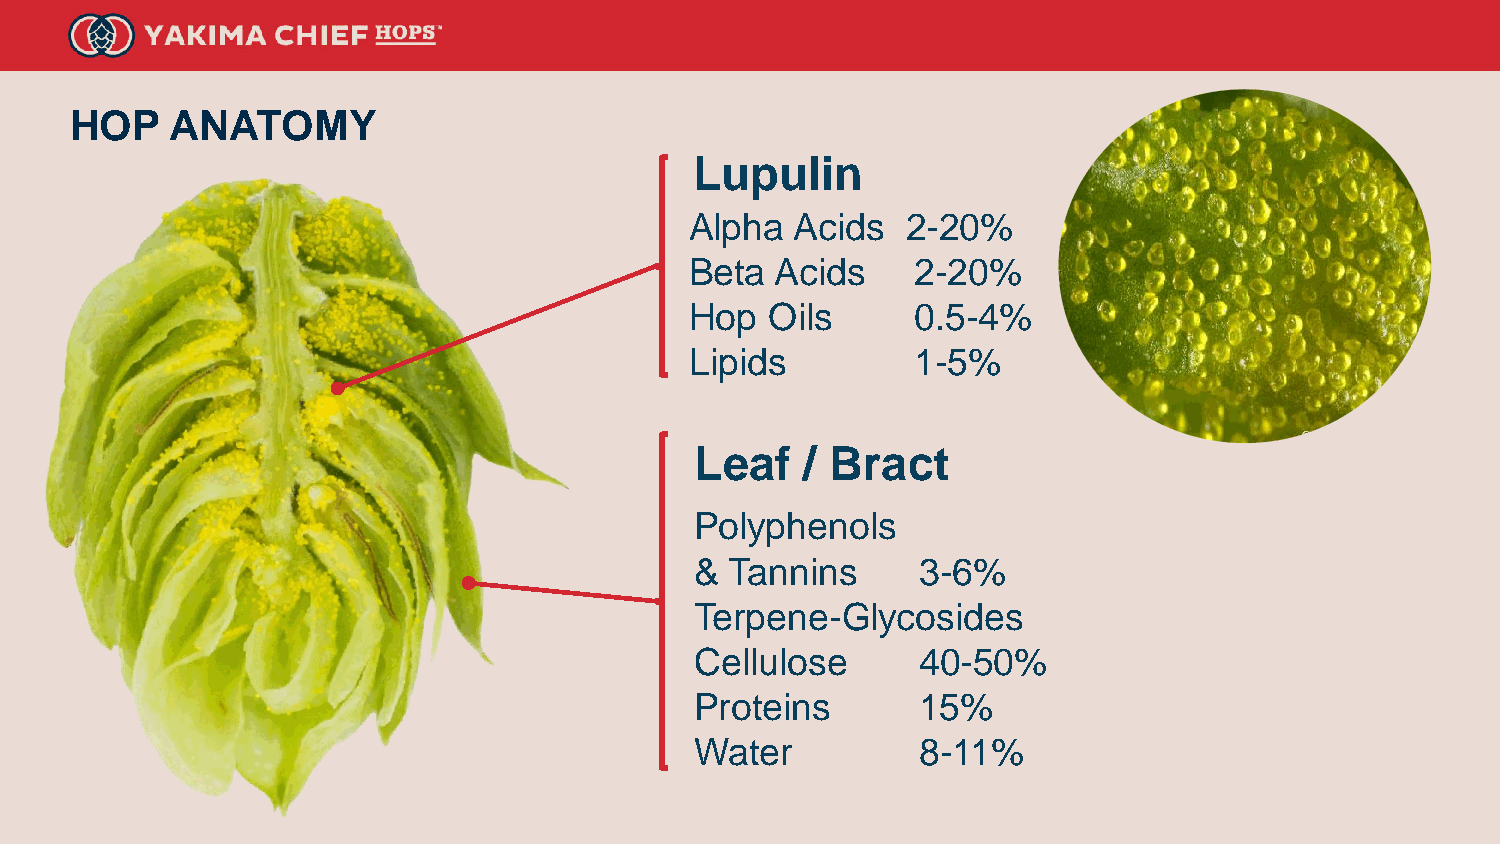
HOP   ANATOMY
 Lupulin
 Alpha  Acids  2-20%
 Beta Acids     2-20%
 Hop  Oils      0.5-4%
 Lipids         1-5%
 Leaf   / Bract
 Polyphenols
 & Tannins      3-6%
 Terpene-Glycosides
 Cellulose      40-50%
 Proteins       15%
 Water          8-11%